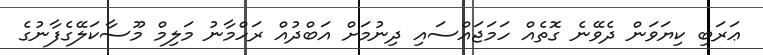
ޢަރަބި ކިޔަވަން ދެވޭނެ ގޮތެއް ހަމަޖައްސައި ދިނުމަށް އަބްދުއް ރަހްމާނު މަލިމް މޫސާކަލޭގެފާނުގެ